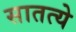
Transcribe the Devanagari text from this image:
सातत्ये